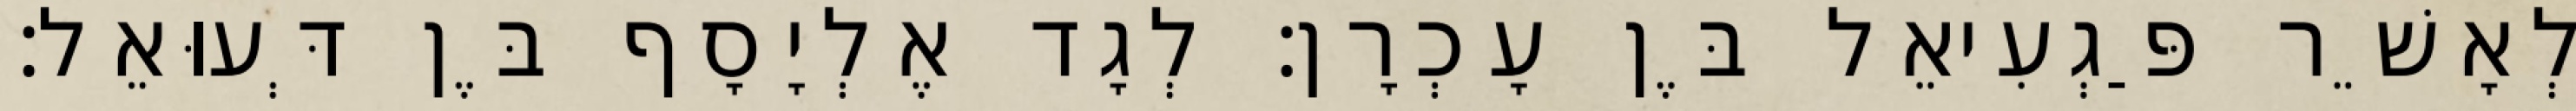
לְאָשֵׁר פַּגְעִיאֵל בֶּן עָכְרָן׃ לְגָד אֶלְיָסָף בֶּן דְּעוּאֵל׃